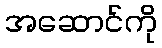
အဆောင်ကို